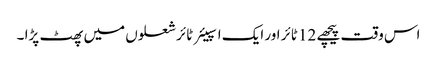
اس وقت پیچھے 12 ٹائر اور ایک اسپیئر ٹائر شعلوں میں پھٹ پڑا ۔